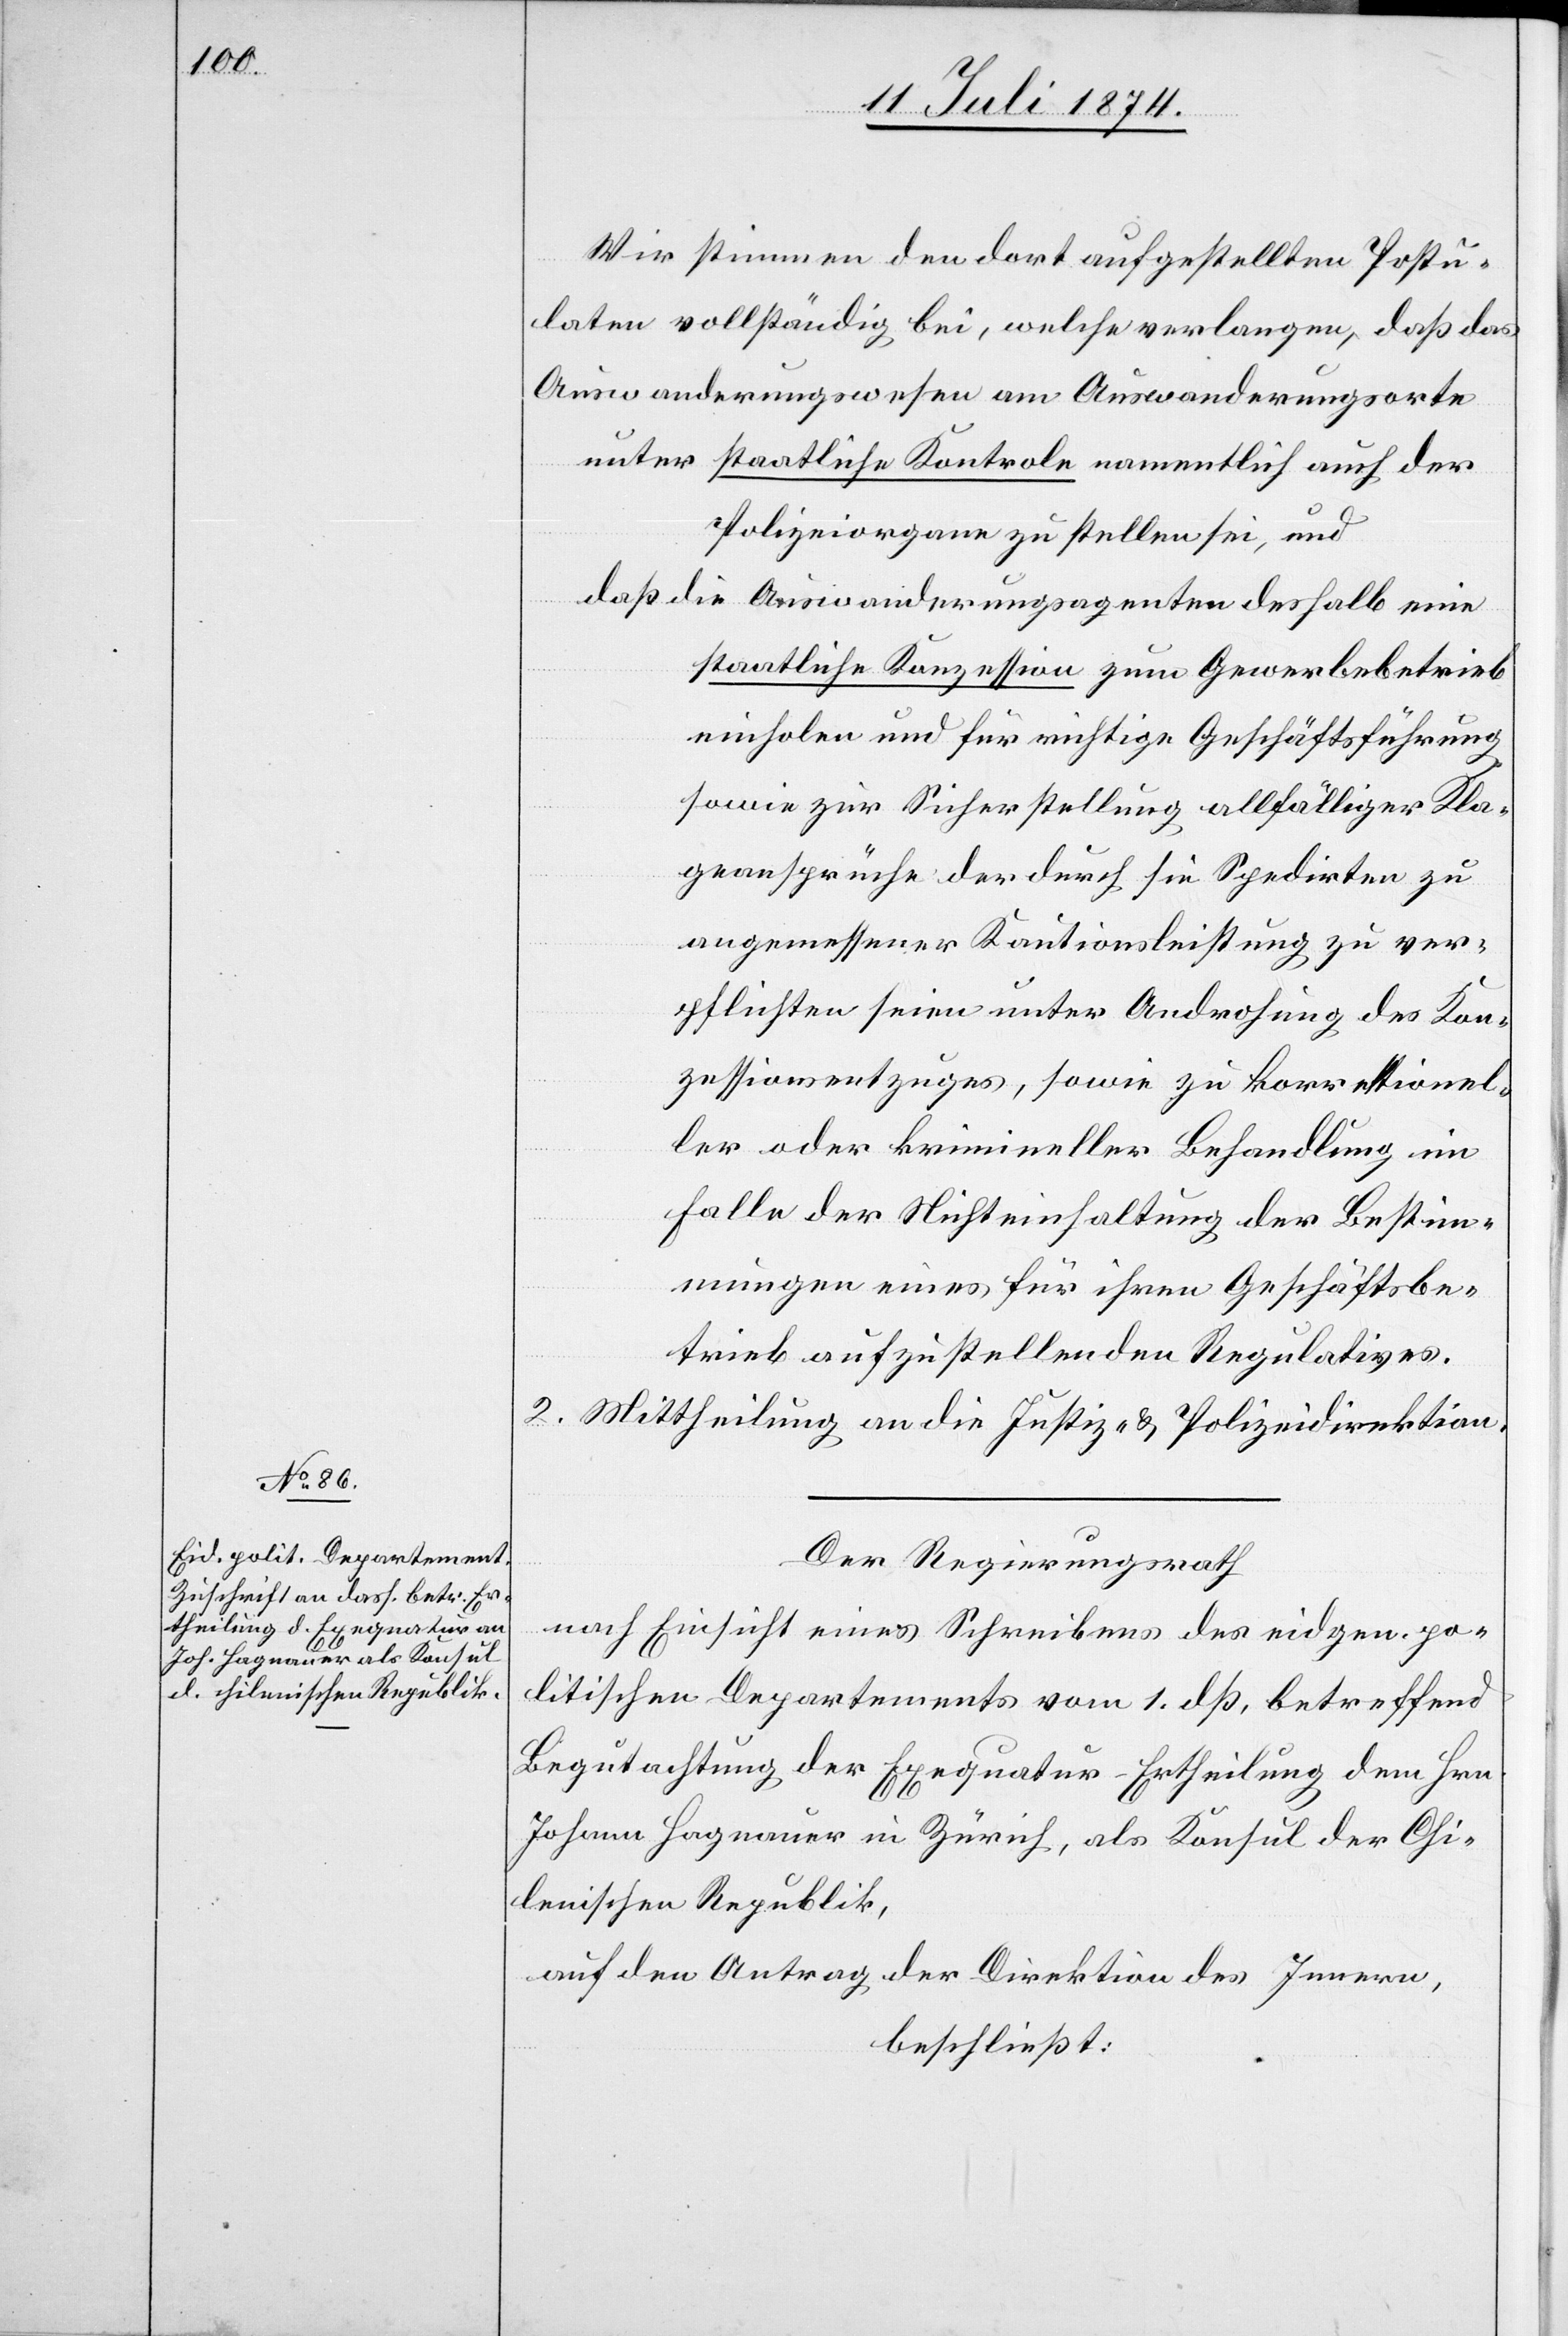
Wir stimmen den dort aufgestellten Postu¬
laten vollständig bei, welche verlangen, daß das
Auswanderungswesen am Auswanderungsorte
unter staatliche Kontrole namentlich auch der
Polizeiorgane zu stellen sei, und
daß die Auswanderungsagenten deshalb eine
staatliche Konzession zum Gewerbebetrieb
einholen und für richtige Geschäftsführung
sowie zur Sicherstellung allfälliger Kla¬
geansprüche der durch sie Spedirten zu
angemessener Kautionsleistung zu ver¬
pflichten seien unter Androhung des Kon¬
zessionsentzuges, sowie zu korre[?]tionel¬
ler oder krimineller Behandlung im
Falle der Nichteinhaltung der Bestim¬
mungen eines für ihren Geschäftsbe¬
trieb aufzustellenden Regulatives.
2. Mittheilung an die Justiz- u. Polizeidirektion.
Der Regierungsrath
nach Einsicht eines Schreibens des eidgen. po¬
litischen Departements vom 1. dß, betreffend
Begutachtung der Exequatur-Ertheilung dem Hrn.
Johann Hagnauer in Zürich, als Konsul der Chi¬
lenischen Republik,
auf den Antrag der Direktion des Innern,
beschließt: